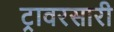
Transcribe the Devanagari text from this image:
ट्रावरसारी